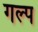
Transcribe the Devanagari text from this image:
गल्‍प